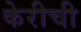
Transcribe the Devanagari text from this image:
केरीची